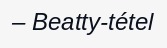
– Beatty-tétel